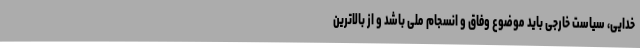
خدایی، سیاست خارجی باید موضوع وفاق و انسجام ملی باشد و از بالاترین